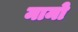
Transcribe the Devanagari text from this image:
मामो